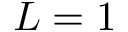
L = 1